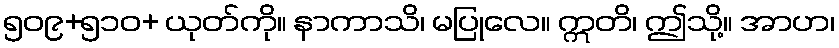
၅၀၉+၅၁၀+ ယုတ်ကို။ နာကာသိ၊ မပြုလေ။ ဣတိ၊ ဤသို့။ အာဟ၊